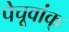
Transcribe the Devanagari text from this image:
पेचूवांक्